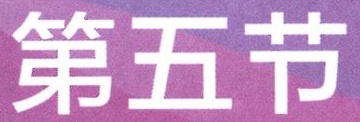
第五节